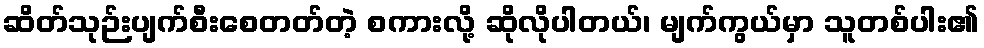
ဆိတ်သုဉ်းပျက်စီးစေတတ်တဲ့ စကားလို့ ဆိုလိုပါတယ်၊ မျက်ကွယ်မှာ သူတစ်ပါး၏